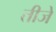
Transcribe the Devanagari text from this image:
तीजे